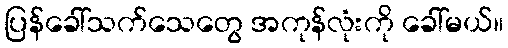
ပြန်ခေါ်သက်သေတွေ အကုန်လုံးကို ခေါ်မယ်။